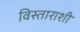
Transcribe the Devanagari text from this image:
विस्ताराशी